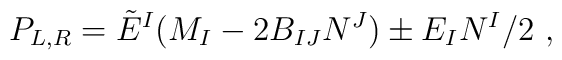
P_{L,R} ={\tilde E}^I (M_I -2B_{IJ}N^J) \pm E_I N^I /2 ~,